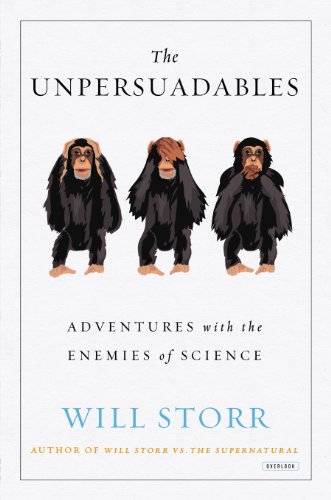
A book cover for The Unpersuadables: Adventures with the Enemies of Science; Will Storr; Science & Math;